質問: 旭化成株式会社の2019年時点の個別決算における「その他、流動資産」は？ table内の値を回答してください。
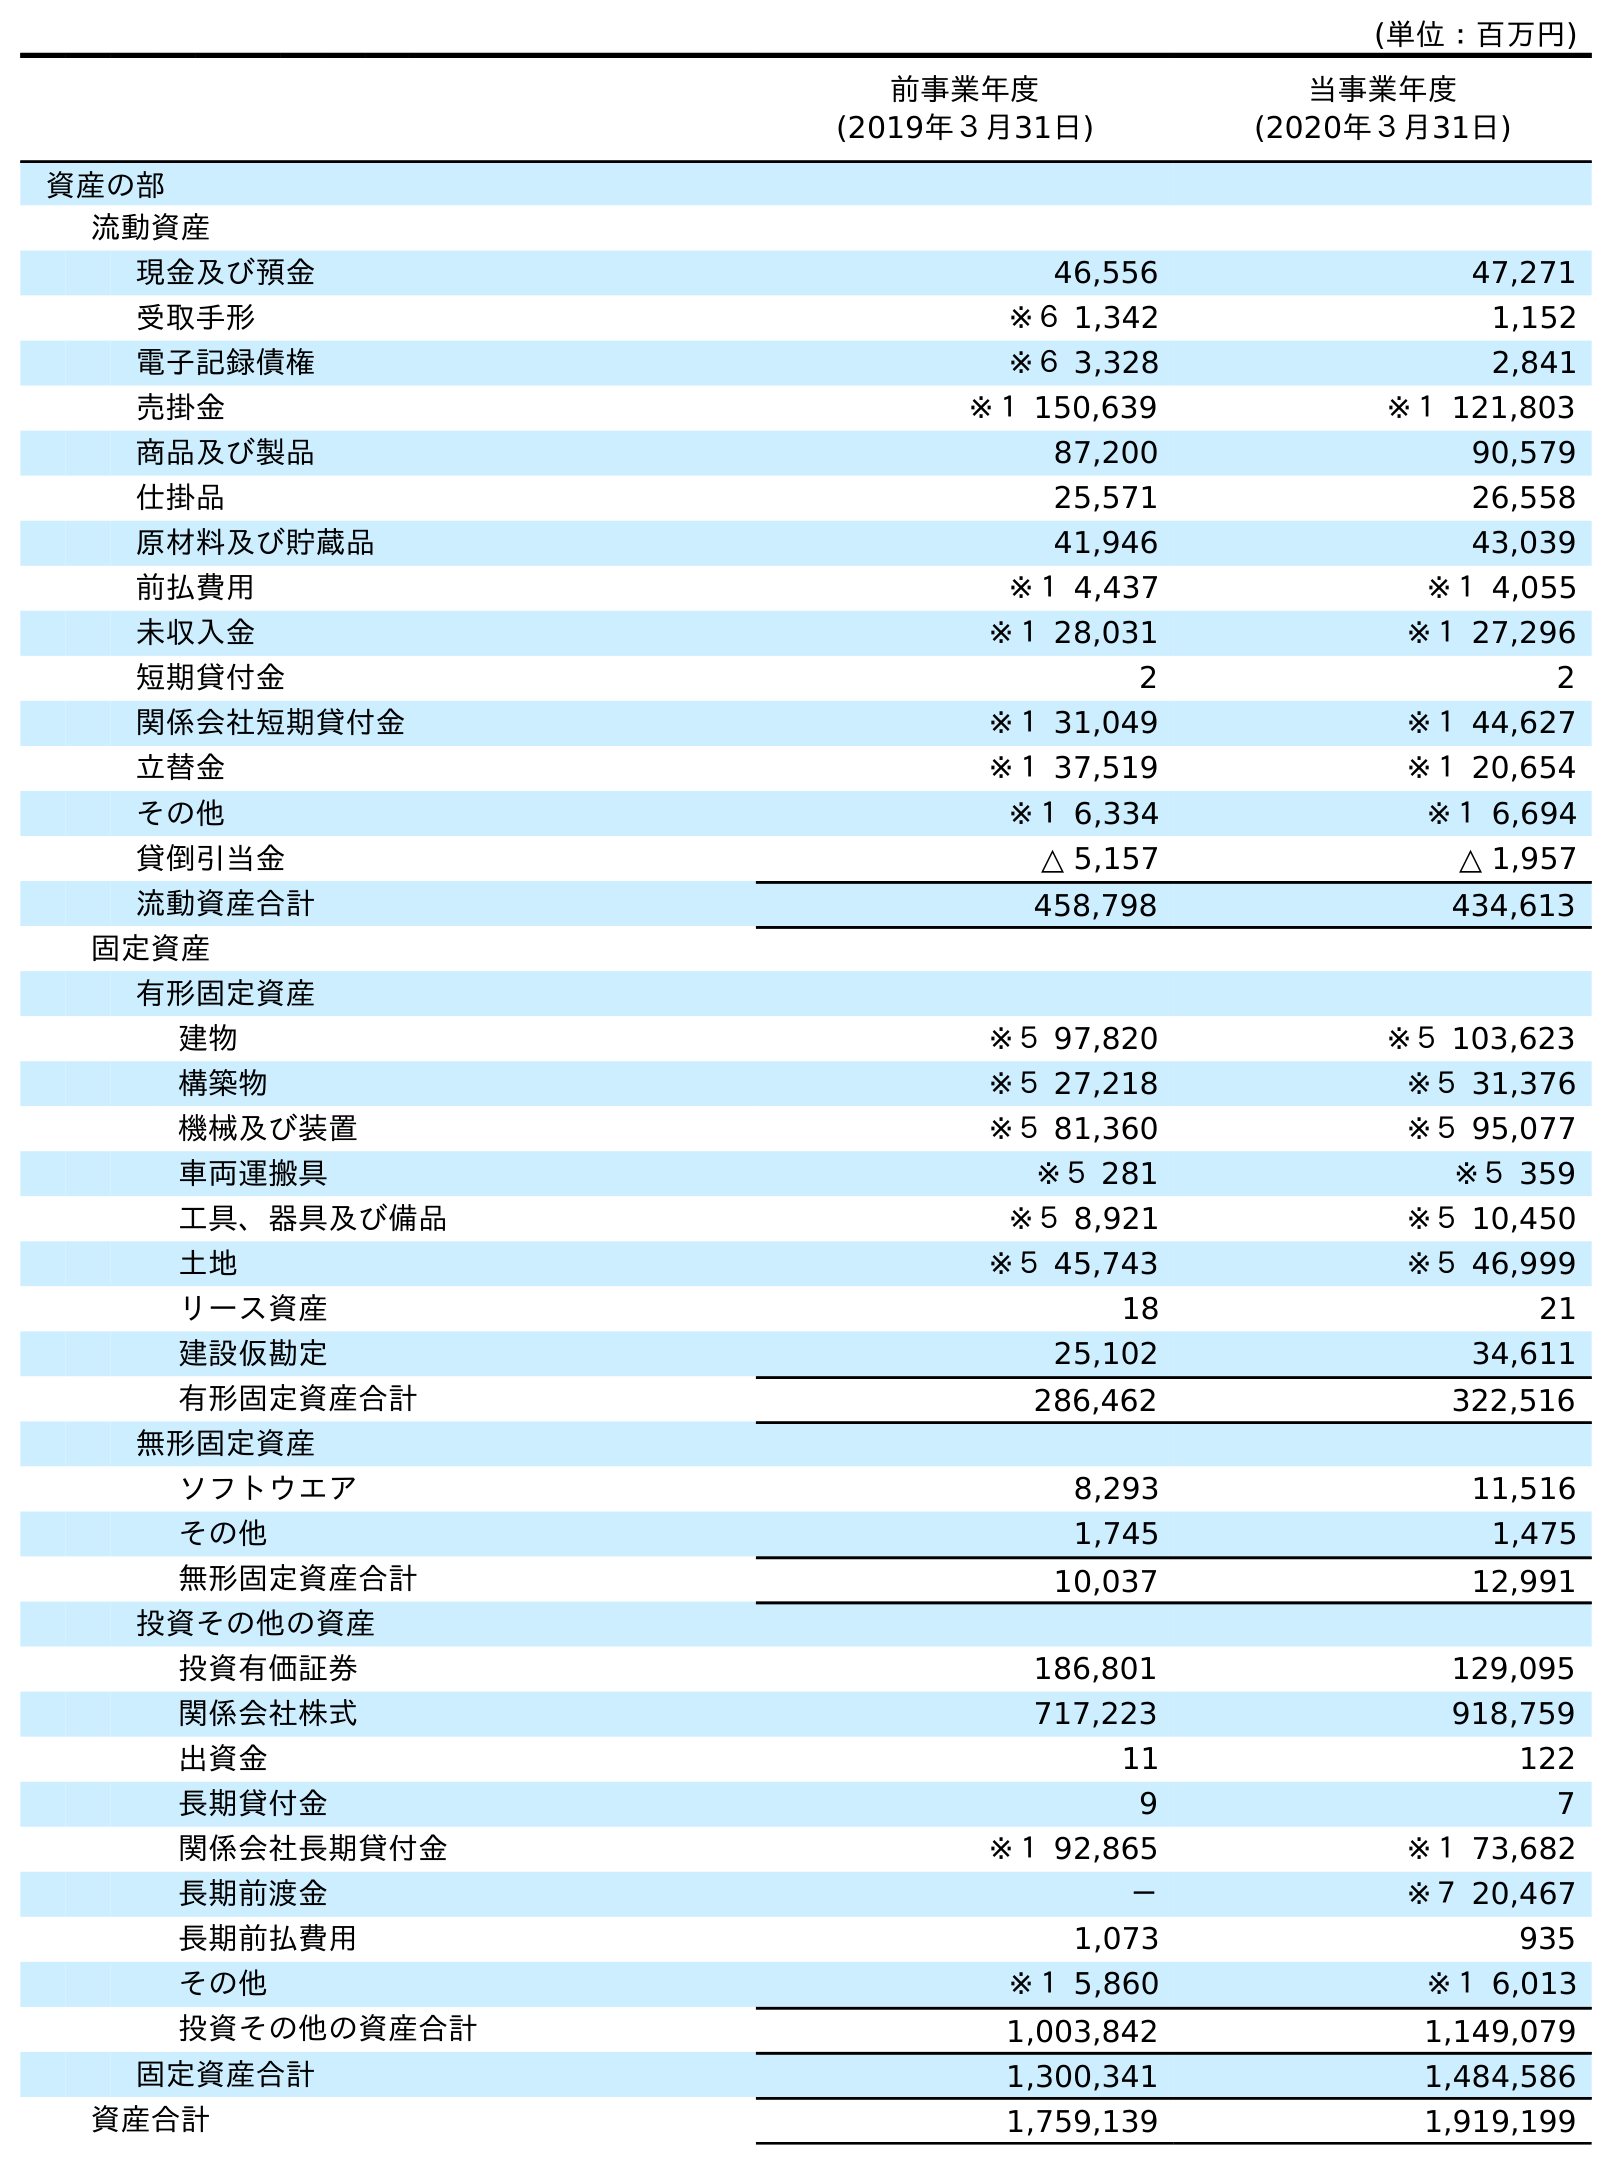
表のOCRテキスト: (単位：百万円) 前事業年度 (2019年３月31日) 当事業年度 (2020年３月31日) 資産の部 流動資産 現金及び預金 46,556 47,271 受取手形 ※６ 1,342 1,152 電子記録債権 ※６ 3,328 2,841 売掛金 ※１ 150,639 ※１ 121,803 商品及び製品 87,200 90,579 仕掛品 25,571 26,558 原材料及び貯蔵品 41,946 43,039 前払費用 ※１ 4,437 ※１ 4,055 未収入金 ※１ 28,031 ※１ 27,296 短期貸付金 2 2 関係会社短期貸付金 ※１ 31,049 ※１ 44,627 立替金 ※１ 37,519 ※１ 20,654 その他 ※１ 6,334 ※１ 6,694 貸倒引当金 △ 5,157 △ 1,957 流動資産合計 458,798 434,613 固定資産 有形固定資産 建物 ※５ 97,820 ※５ 103,623 構築物 ※５ 27,218 ※５ 31,376 機械及び装置 ※５ 81,360 ※５ 95,077 車両運搬具 ※５ 281 ※５ 359 工具、器具及び備品 ※５ 8,921 ※５ 10,450 土地 ※５ 45,743 ※５ 46,999 リース資産 18 21 建設仮勘定 25,102 34,611 有形固定資産合計 286,462 322,516 無形固定資産 ソフトウエア 8,293 11,516 その他 1,745 1,475 無形固定資産合計 10,037 12,991 投資その他の資産 投資有価証券 186,801 129,095 関係会社株式 717,223 918,759 出資金 11 122 長期貸付金 9 7 関係会社長期貸付金 ※１ 92,865 ※１ 73,682 長期前渡金 － ※７ 20,467 長期前払費用 1,073 935 その他 ※１ 5,860 ※１ 6,013 投資その他の資産合計 1,003,842 1,149,079 固定資産合計 1,300,341 1,484,586 資産合計 1,759,139 1,919,199
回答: ※１6,334